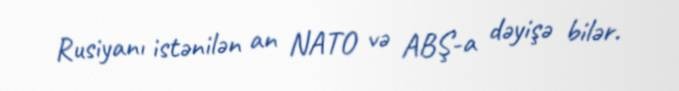
Rusiyanı istənilən an NATO və ABŞ-a dəyişə bilər.